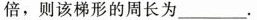
倍，则该梯形的周长为___.